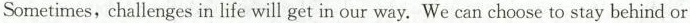
Sometimes, challenges in life will get in our way. We can choose to stay behind or